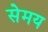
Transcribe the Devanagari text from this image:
सेमय